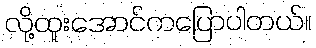
လို့ထူးအောင်ကပြောပါတယ်။